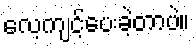
လေ့ကျင့်ပေးခဲ့တာပဲ။